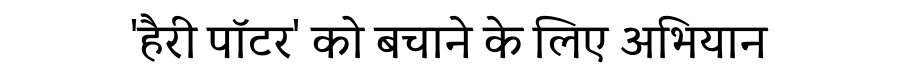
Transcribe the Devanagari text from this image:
'हैरी पॉटर' को बचाने के लिए अभियान